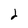
Character: 2